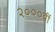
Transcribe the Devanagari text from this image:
२०००वीं